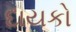
દાયકો